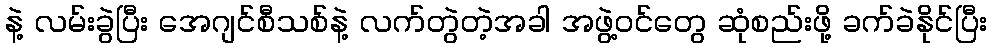
နဲ့ လမ်းခွဲပြီး အေဂျင်စီသစ်နဲ့ လက်တွဲတဲ့အခါ အဖွဲ့ဝင်တွေ ဆုံစည်းဖို့ ခက်ခဲနိုင်ပြီး